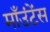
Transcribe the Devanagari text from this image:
माँउंटेंस